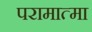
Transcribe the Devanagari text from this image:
परामात्मा